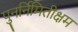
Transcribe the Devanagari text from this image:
पुनर्निमितीक्षम